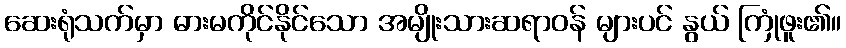
ဆေးရုံသက်မှာ ဓားမကိုင်နိုင်သော အမျိုးသားဆရာဝန် များပင် နွယ် ကြုံဖူး၏။